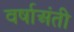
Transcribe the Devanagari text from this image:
वर्षाअंती